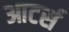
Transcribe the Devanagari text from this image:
आटर्स